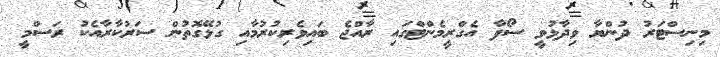
މިނިސްޓަރު ދުންޔާ ވިދާޅުވީ ސޯފާ އެގްރީމެންޓްގައި ރާއްޖެ ބައިވެރިކުރުމާއި ގުޅޭގޮތުން ސަރުކާރާއެކު ރަސްމީ